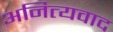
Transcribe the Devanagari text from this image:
अनित्यवाद